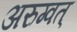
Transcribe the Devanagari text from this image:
अरुग्वत्